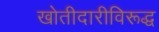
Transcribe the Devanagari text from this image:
खोतीदारीविरूद्ध